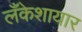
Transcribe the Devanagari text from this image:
लँकेशायार